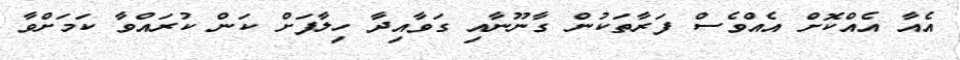
އެއާ އެއްކޮށް އެއްވެސް ފަރާތަކުން ގާނޫނާއި ގަވާއިދާ ހިލާފަށް ކަން ކުރައްވާ ކަމަށްވާ